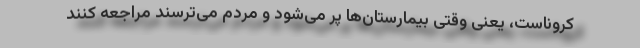
کروناست، یعنی وقتی بیمارستان‌ها پر می‌شود و مردم می‌ترسند مراجعه کنند